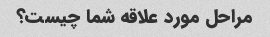
مراحل مورد علاقه شما چیست؟